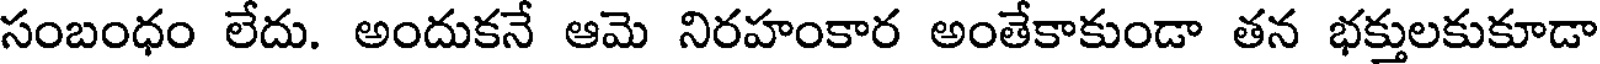
సంబంధం లేదు. అందుకనే ఆమె నిరహంకార అంతేకాకుండా తన భక్తులకుకూడా